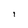
Character: i